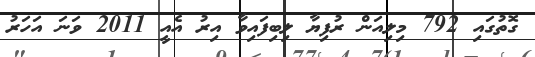
ގޮތުގައި 792 މިލިއަން ރުފިޔާ ލިބިފައިވާ އިރު އެއީ 2011 ވަނަ އަހަރު